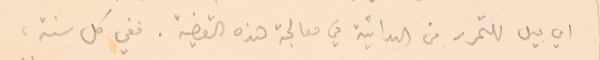
اي ميل للتحرر من البدائية في معالجة هذه القضية. ففي كل سنة،